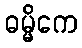
ဓမ္မိကေ